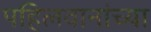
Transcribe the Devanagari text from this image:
पहिलवानांच्या